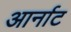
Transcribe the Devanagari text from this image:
आर्नाट